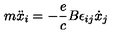
m \ddot { x } _ { i } = - \frac { e } { c } B \epsilon _ { i j } \dot { x } _ { j }